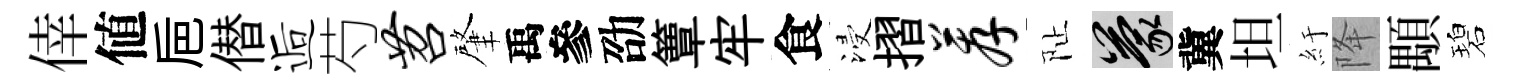
倖値巵僣逅芍苕肇禹參劭簟牢食浸摺荐阯蒙冀坦紆降顒碧